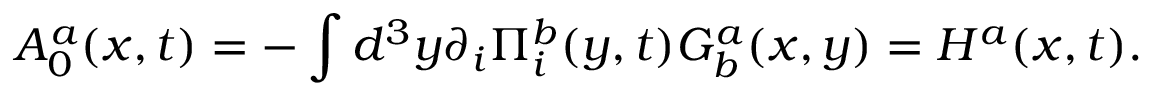
A _ { 0 } ^ { a } ( x , t ) = - \int d ^ { 3 } y \partial _ { i } \Pi _ { i } ^ { b } ( y , t ) G _ { b } ^ { a } ( x , y ) = H ^ { a } ( x , t ) .